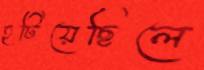
হটিয়েছিলে